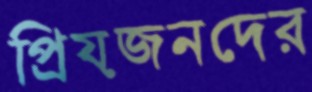
প্রিয়জনদের